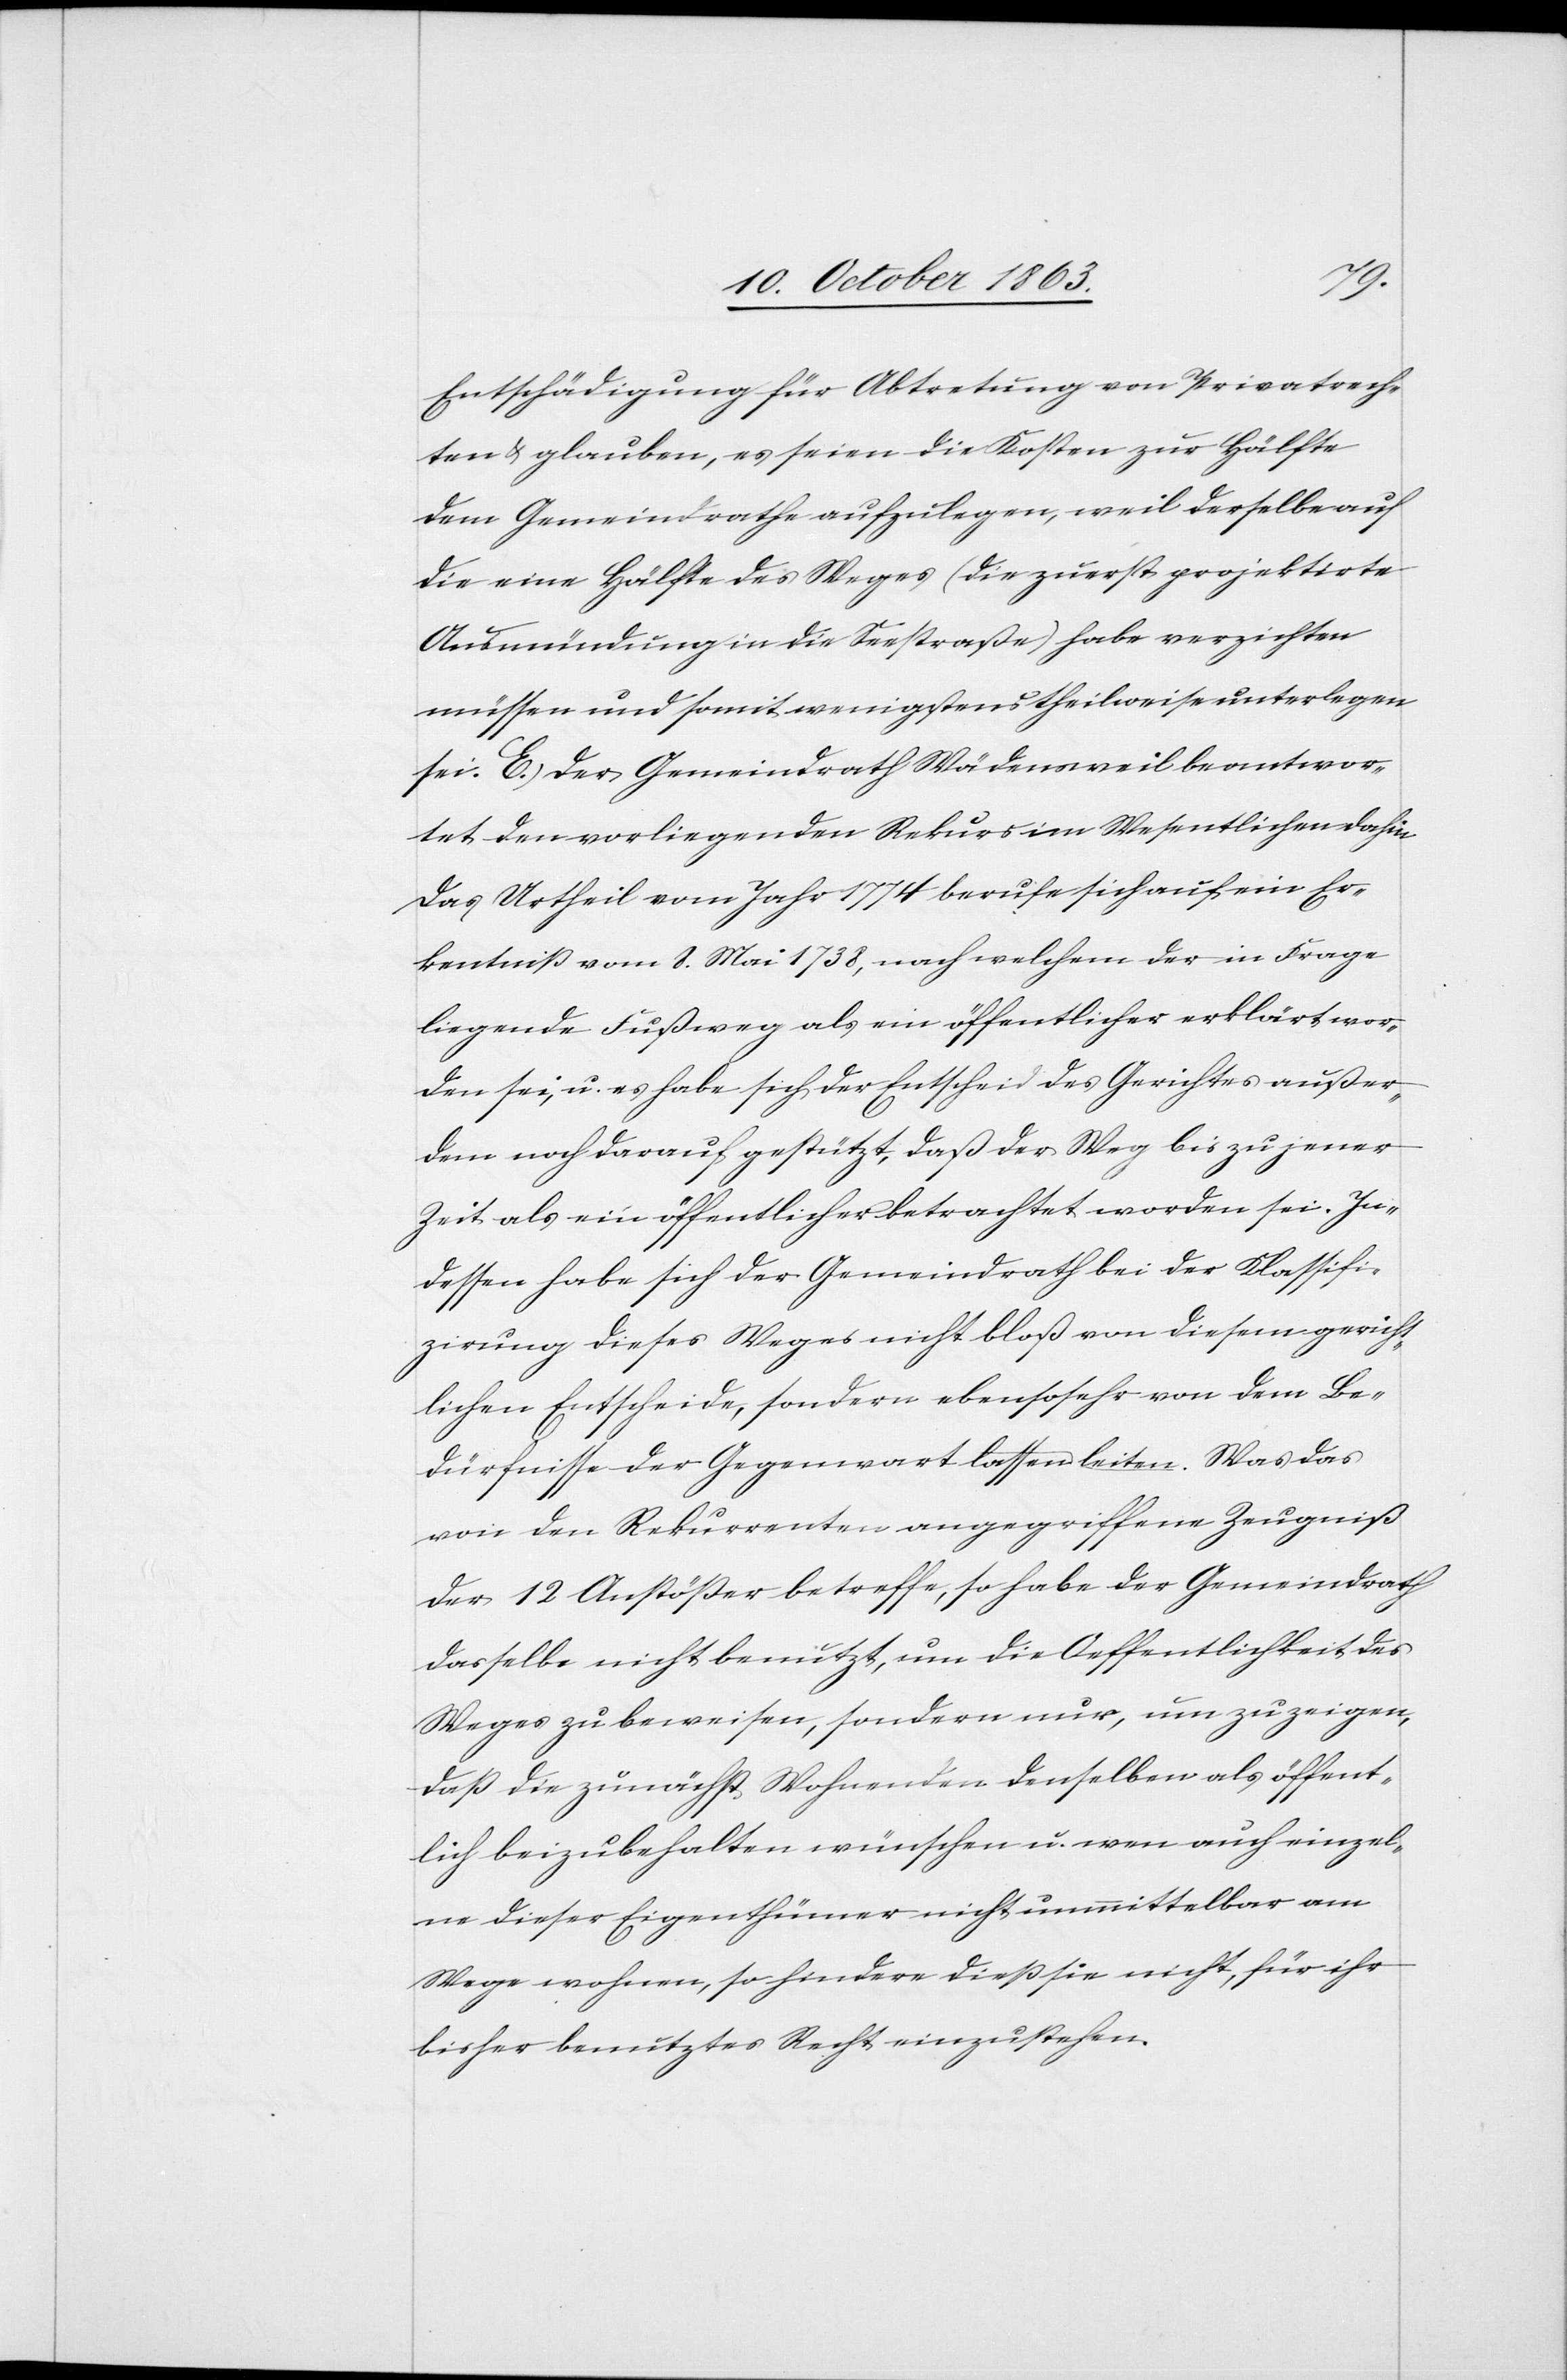
Entschädigung für Abtretung von Privatrech¬
ten & glauben, es seien die Kosten zur Hälfte
dem Gemeindrathe aufzulegen, weil derselbe auf
die eine Hälfte des Weges (die zuerst projektirte
Ausmündung in die Seestraße) habe verzichten
müssen und somit wenigstens theilweise unterlegen
[sic!] Der Gemeindrath Wädensweil beantwor¬
tet den vorliegenden Rekurs im Wesentlichen dahin[:]
Das Urtheil vom Jahr 1774 berufe sich auf ein Er¬
kenntniß vom 8. Mai 1738, nach welchem der in Frage
liegende Fußweg als ein öffentlicher erklärt wor¬
den sei, u. es habe sich der Entscheid des Gerichtes außer¬
dem noch darauf gestützt, daß der Weg bis zu jener
Zeit als ein öffentlicher betrachtet worden sei. In¬
dessen habe sich der Gemeindrath bei der Klassifi¬
zirung dieses Weges nicht bloß von diesem gericht¬
lichen Entscheide, sondern ebensosehr von dem Be¬
dürfnisse der Gegenwart leiten lassen. Was das
von den Rekurrenten angegriffene Zeugniß
der 12 Anstößer betreffe, so habe der Gemeindrath
dasselbe nicht benutzt, um die Oeffentlichkeit des
Weges zu beweisen, sondern nur, um zu zeigen,
daß die zunächst Wohnenden denselben als öffent¬
lich beizubehalten wünschen u. wen[n] auch einzel¬
ne dieser Eigenthümer nicht unmmittelbar
Wege wohnen, so hindere dieß sie nicht, für ihr
bisher benutztes Recht einzustehen.